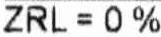
ZRL = 0%